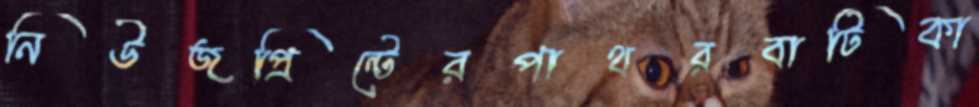
নিউজপ্রিন্টেরপাথরবাটিকা